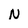
Character: N